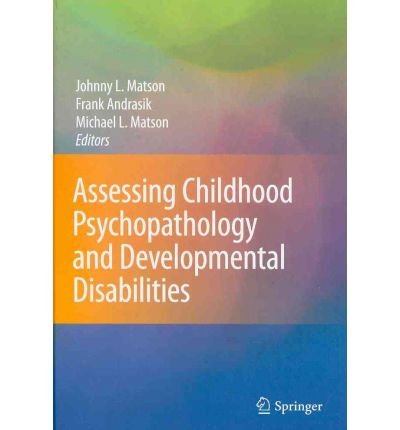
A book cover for Assessing and Treating Childhood Psychopathology and Developmental Disabiliies (2-vol. set); Health, Fitness & Dieting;